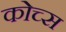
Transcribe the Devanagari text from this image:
कोच्स